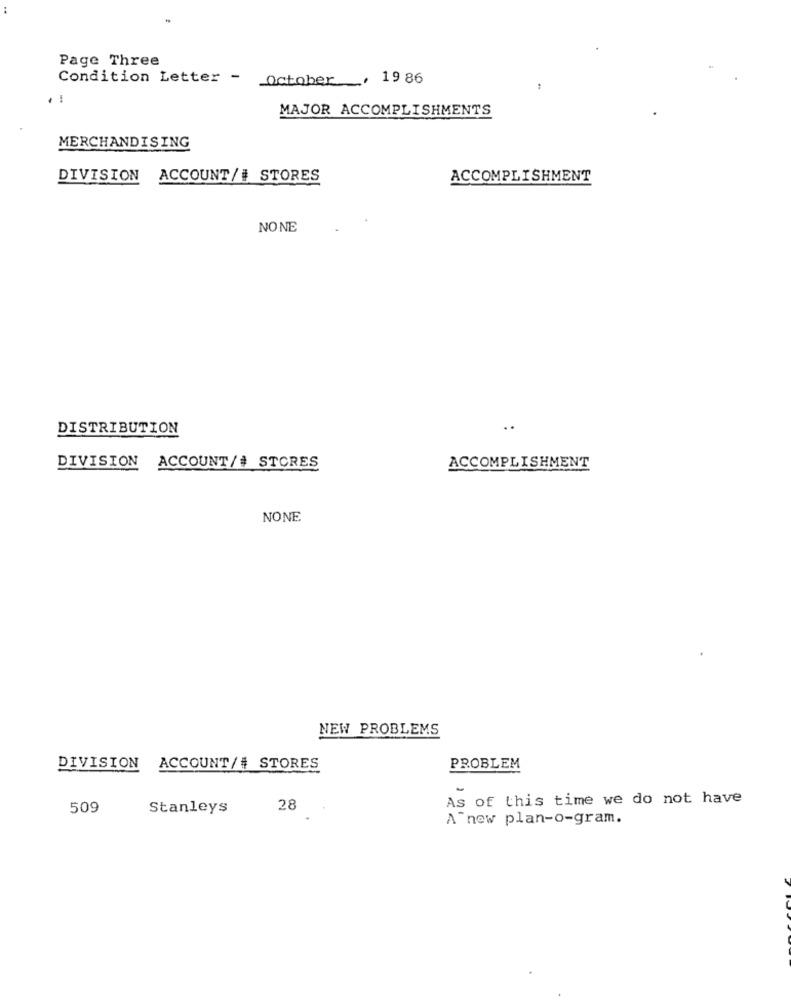
Page Three
Condition Letter - October _, 19 86
. :
MAJOR ACCOMPLISHMENTS
MERCHANDISING
DIVISION ACCOUNT/# STORES
ACCOMPLISHMENT
NONE
DISTRIBUTION
..
DIVISION
ACCOUNT/# STORES
ACCOMPLISHMENT
NONE
NEW PROBLEMS
DIVISION ACCOUNT/# STORES
PROBLEM
As of this time we do not have
509
Stanleys
28
A new plan-o-gram.